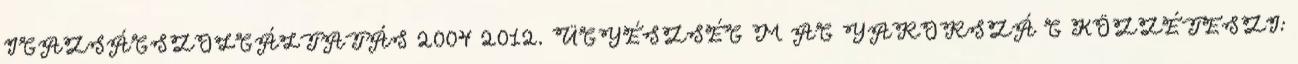
IGAZSÁGSZOLGÁLTATÁS 2004 2012. ÜGYÉSZSÉG M AG YARORSZÁ G KÖZZÉTESZI: